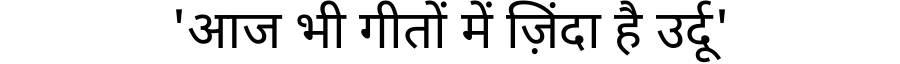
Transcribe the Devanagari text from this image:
'आज भी गीतों में ज़िंदा है उर्दू'